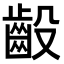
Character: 𫠙